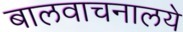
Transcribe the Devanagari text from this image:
बालवाचनालये